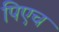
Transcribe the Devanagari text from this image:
पिएच